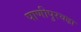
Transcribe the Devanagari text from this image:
पाणीपुरवढा